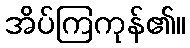
အိပ်ကြကုန်၏။